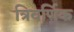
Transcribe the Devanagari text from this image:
त्रिवर्णिक